Vana-Antsla_vallavalitsus, lk 26
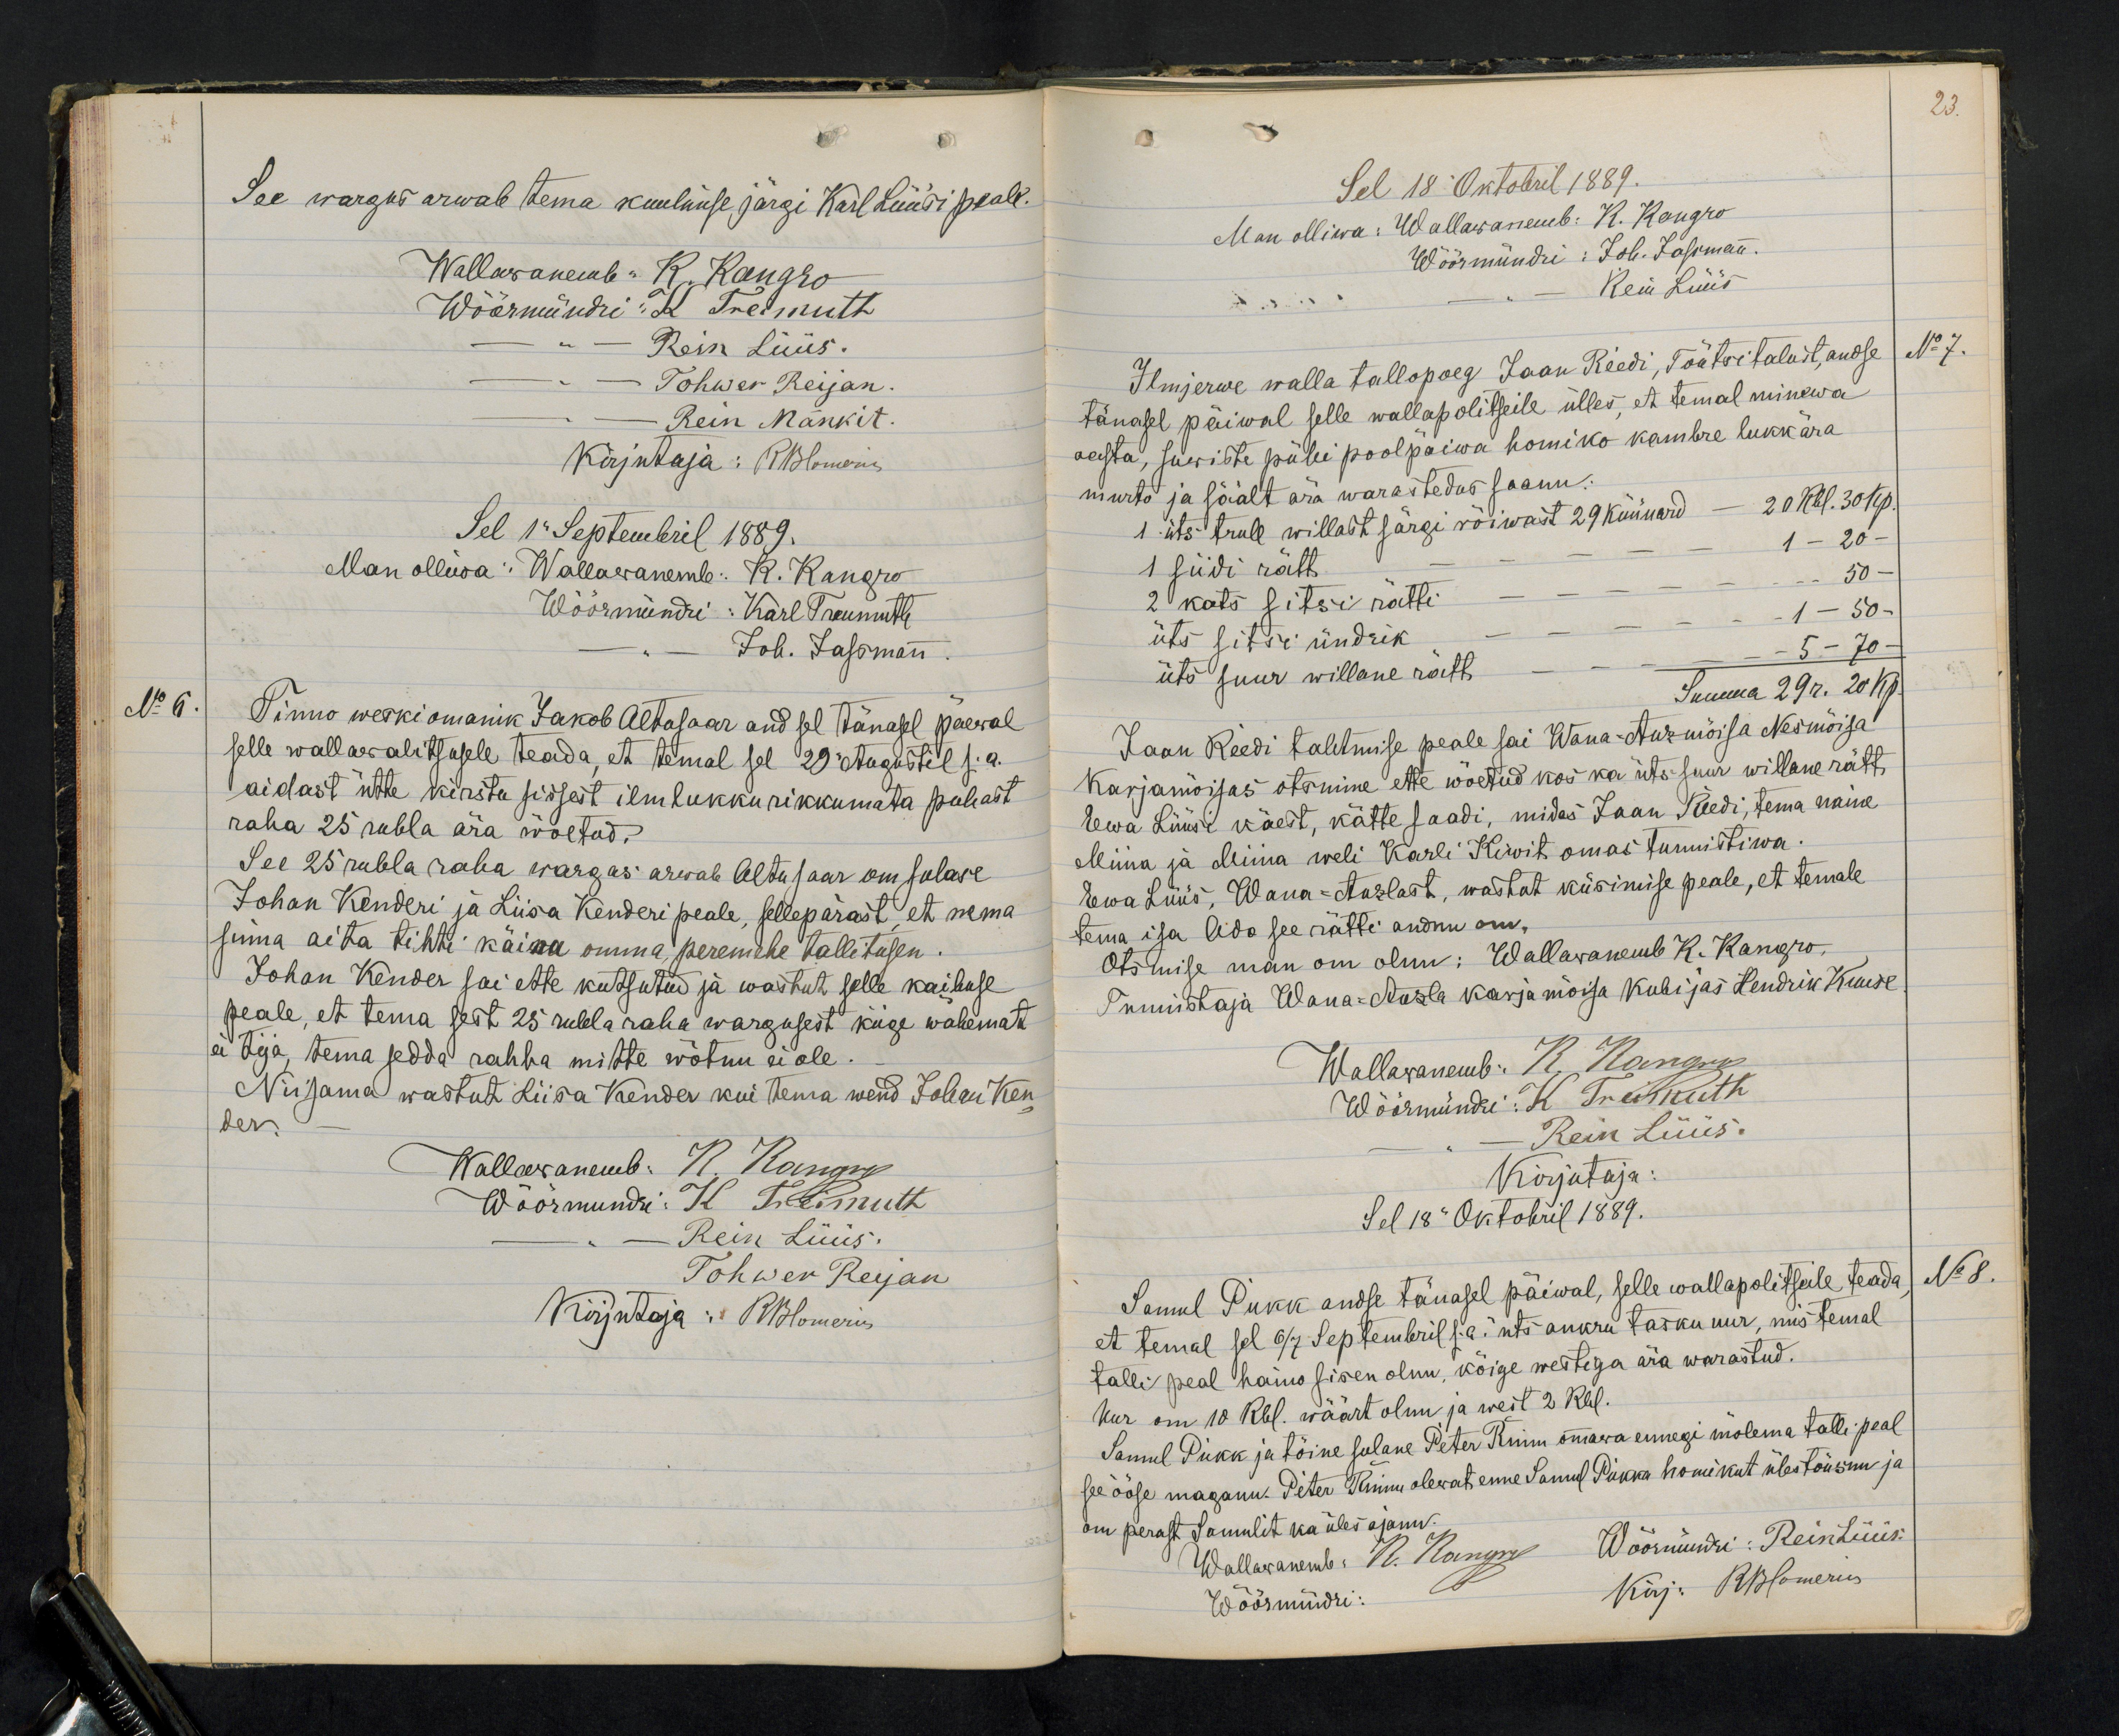
See wargus arwab tema kuulmise järgi Karl Lüüsi peale.
Wallawanemb K. Kangro
Wöörmündri K Treimuth.
Rein Lüüs.
Tohwer Reijan
Rein Nakkit.
Kirjutaja: RBlomerius
Sel 1Septembril 1889.
Man olliwa: Wallawanemb. K. Kangro
Wöörmündri: Karl Treumuth
Joh. Jassmann.
Tinno weski omanik Jakob Altosaar and sel tänasel päewal
selle wallawalitsusele teada, et temal sel 29 Augustil s.a.
aidast ütte kirstu sissest ilm lukku rikkumata puhast
raha 25 rubla ära wõetud.
See 25 rubla raha wargas arwab Altusaar om sulase
Johan Kenderi ja Liisa Kenderi peale, sellepärast, et nema
sinna aita tihti käiwa omma, peremehe tallitusen.
Johan Kender sai ette kutsutud ja wastut selle kaibuse
peale, et tema sest 25 rubla raha wargusest kiige wähemat
ei tija, tema sedda rahha mitte wõtnu ei ole.
Nii sama wastut Liisa Kender kui tema wend Johan Ken-
der.
Wallawanemb: R. Kangro
Wöörmundri: K Treimuth
Rein Lüüs.
Tohwer Reijan
Kirjutaja: RBlomerius

23.
Sel 18 Oktobril 1889.
Man olliwa: Wallawanemb: K. Kangro
Wöörmündri: Joh. Jassmann.
Rein Lüüs
Ilmjerwe walla tallopoeg Jaan Reedi, Tõutsi talust, andse
No 7.
tänasel päiwal selle wallapolitseile ülles, et temal minewa
aasta, suwiste pühi poolpäiwa homiko kambre lukk ära
murto ja säält ära warastedas saanu:
1 üts trull willast särgi rõiwast 29 küünard - 20 Rbl. 30 kop.
1 siidi rätt - - - 1 - 20
2 kats sitsi rätti - - - 50
üts sitsi ündrik - - - 1 - 50 -
üts suur willane rätt - - - 5 - 70
Summa 29 r. 20 k.
Jaan Reedi tahtmise peale sai Wana-Anzmõisa Nesmõisa
Karjamõisas otsmine ette wõetud kos ka üts suur willane rätt
Ewa Lüüsi käest, kätte saadi, midas Jaan Reedi, tema naine
Minna ja Miina weli Karli Kiwit omas tunnistiwa.
Ewa Lüüs, Wana-Anzlast, wastat küsimise peale, et temale
tema isa Ado see rätti andnu om.
Otsmise man om olnu: Wallawanemb K. Kangro,
Tunnistaja Wana-Anzla karja mõisa kubijas Hendrik Kruuse
Wallawanemb: K. Kangro
Wöörmündri: K Treimuth
Rein Lüüs.
Kirjutaja
Sel 18 Oktobril 1889.
Samul Pukk andse tänasel päiwal, selle wallapolitseile teada
No 8.
et temal sel 6/7 Septembril s.a. üts ankru tasku uur, mis temal
talli peal haino sisen olnu, kõige westiga ära warastud.
Uur om 10 Rbl. wäärt olnu ja west 2 Rbl.
Samul Pukk ja tõine sulane Peter Rimm ommawa ennegi mõlema talli peal
see ööse maganu. Peter Rimm olewat enne Samul Pukka homikut üles tõusnu ja
om perast Samulit ka üles ajanu.
Wallawanemb: K. Kangro
Wöörmündri: Rein Lüüs.
Wöörmündri:
Kirj. RBlomerius

No 6.